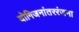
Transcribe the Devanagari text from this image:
योगिजनांतररंजना